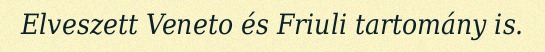
Elveszett Veneto és Friuli tartomány is.